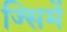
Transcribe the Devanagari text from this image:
ज्सिमें